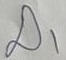
Text: D1